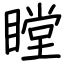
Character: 瞠